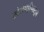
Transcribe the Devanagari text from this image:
खेळपट्टीपासून